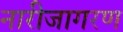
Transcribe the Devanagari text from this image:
नारीजागरण